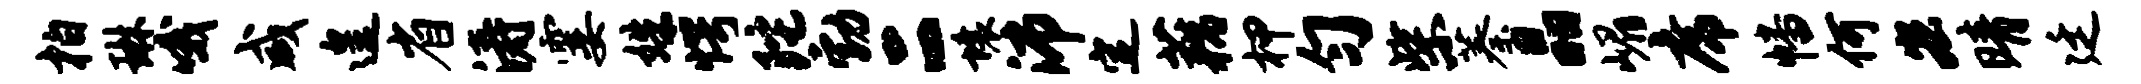
柏琳哦咸遑省涛霎姝愕陀勃二壤沛定藕柙匀柴蓁晶嵋席幡何宏晴廷